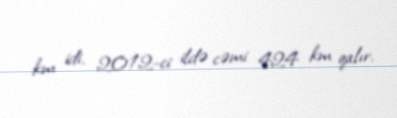
km idi. 2012-ci ildə cəmi 424 km qalır.